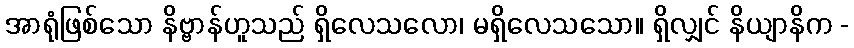
အာရုံဖြစ်သော နိဗ္ဗာန်ဟူသည် ရှိလေသလော၊ မရှိလေသသော။ ရှိလျှင် နိယျာနိက -